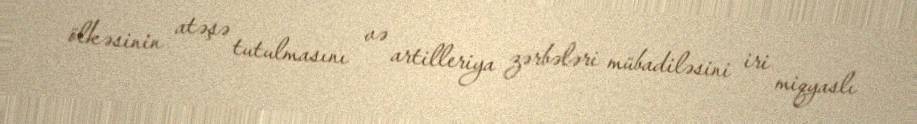
ölkəsinin atəşə tutulmasını və artilleriya zərbələri mübadiləsini iri miqyaslı